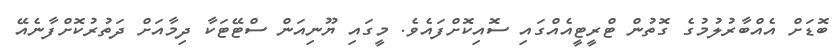
ބޮޑަށް އެއްބާރުލުމުގެ ގޮތުން ޓްރީޓީއެއްގައި ސޮއިކޮށްފައެވެ. މީގައި ޔޫނިއަން ސްޓޭޓަކާ ދިމާއަށް ދަތުރުކޮށްފާނެއޭ